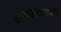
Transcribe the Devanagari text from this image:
भ्रूणशास्त्रज्ञ